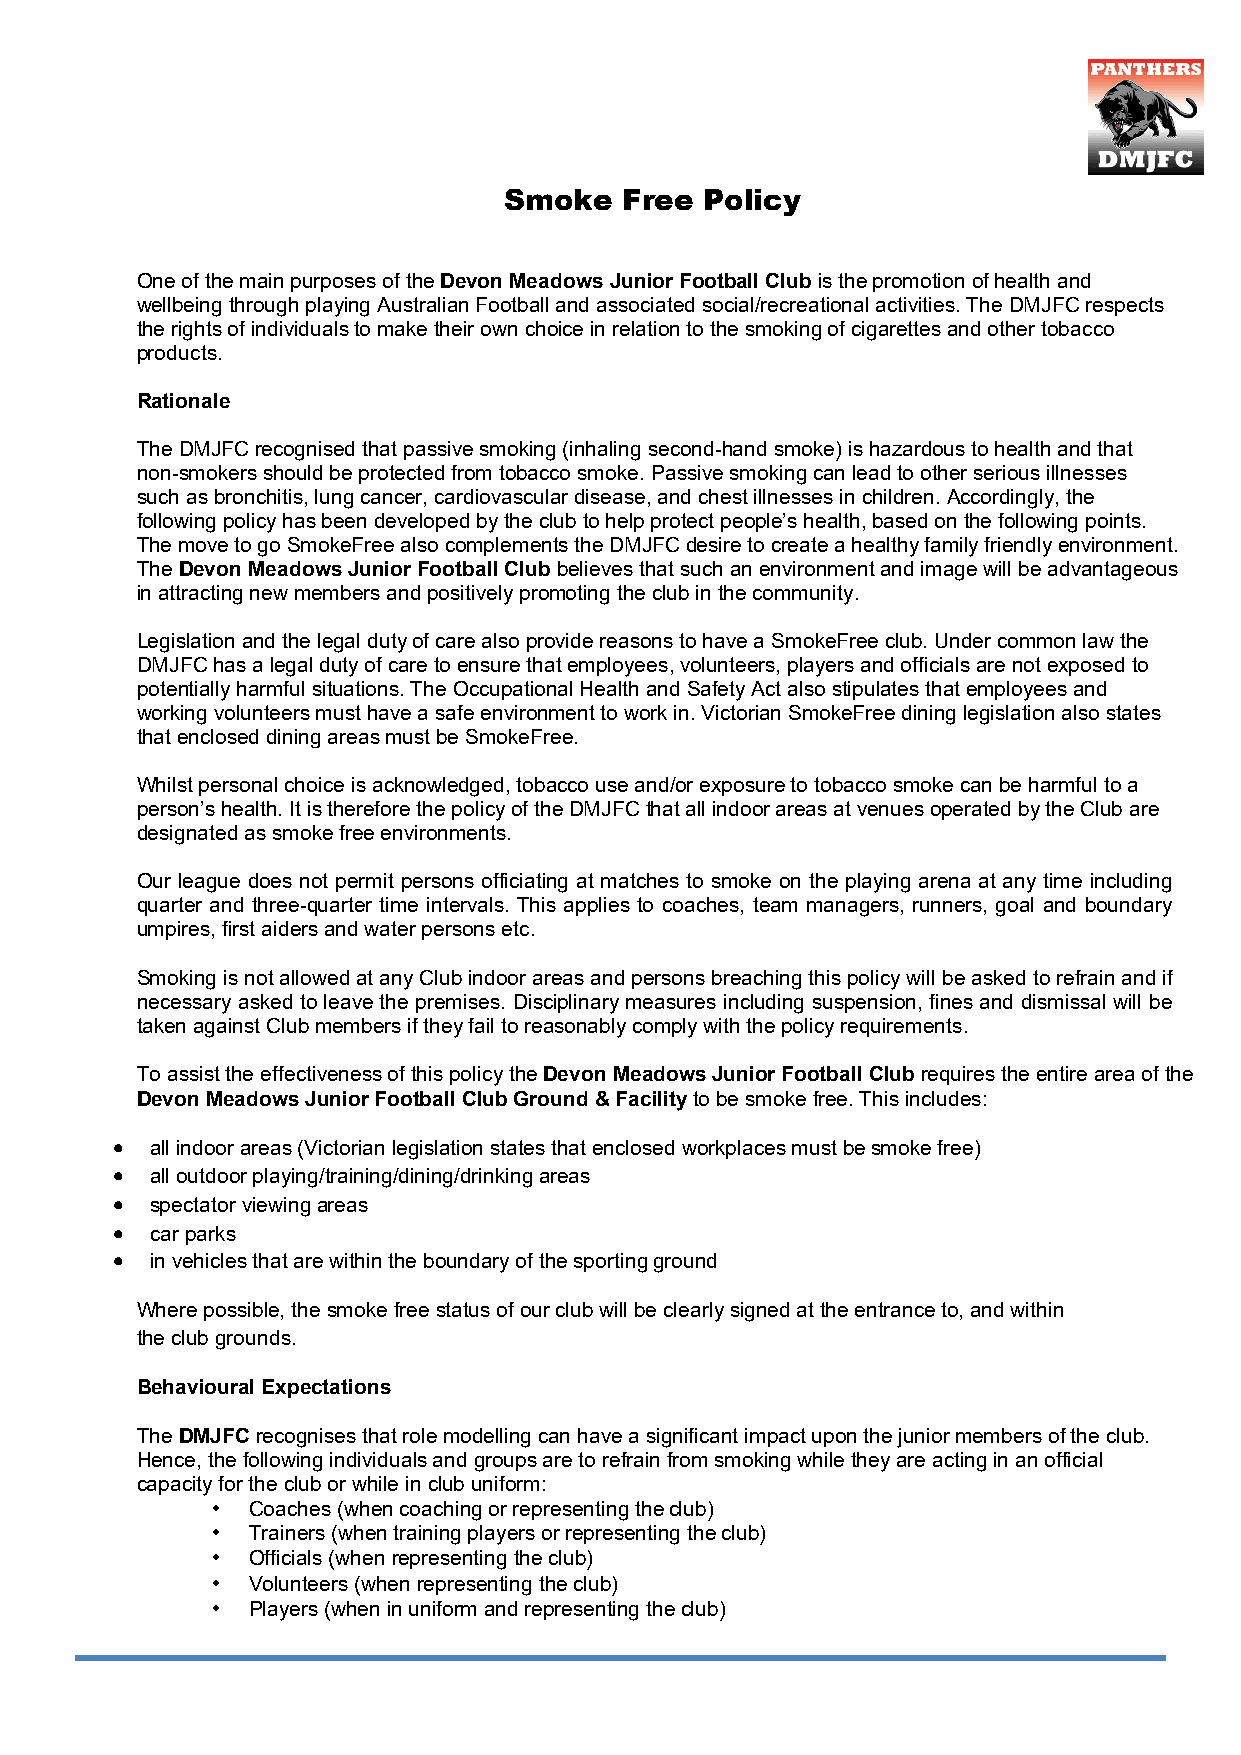
DEVON  MEADOWS    JUNIOR  FOOTBALL   CLUB
 Smoke   Free  Policy
 One of the main purposes of the Devon Meadows Junior Football Club is the promotion of health and
 wellbeing through playing Australian Football and associated social/recreational activities. The DMJFC respects
 the rights of individuals to make their own choice in relation to the smoking of cigarettes and other tobacco
 products.
 Rationale
 The DMJFC recognised that passive smoking (inhaling second-hand smoke) is hazardous to health and that
 non-smokers should be protected from tobacco smoke. Passive smoking can lead to other serious illnesses
 such as bronchitis, lung cancer, cardiovascular disease, and chest illnesses in children. Accordingly, the
 following policy has been developed by the club to help protect people’s health, based on the following points.
 The move to go SmokeFree also complements the DMJFC desire to create a healthy family friendly environment.
 The Devon Meadows Junior Football Club believes that such an environment and image will be advantageous
 in attracting new members and positively promoting the club in the community.
 Legislation and the legal duty of care also provide reasons to have a SmokeFree club. Under common law the
 DMJFC has a legal duty of care to ensure that employees, volunteers, players and officials are not exposed to
 potentially harmful situations. The Occupational Health and Safety Act also stipulates that employees and
 working volunteers must have a safe environment to work in. Victorian SmokeFree dining legislation also states
 that enclosed dining areas must be SmokeFree.
 Whilst personal choice is acknowledged, tobacco use and/or exposure to tobacco smoke can be harmful to a
 person’s health. It is therefore the policy of the DMJFC that all indoor areas at venues operated by the Club are
 designated as smoke free environments.
 Our league does not permit persons officiating at matches to smoke on the playing arena at any time including
 quarter and three-quarter time intervals. This applies to coaches, team managers, runners, goal and boundary
 umpires, first aiders and water persons etc.
 Smoking is not allowed at any Club indoor areas and persons breaching this policy will be asked to refrain and if
 necessary asked to leave the premises. Disciplinary measures including suspension, fines and dismissal will be
 taken against Club members if they fail to reasonably comply with the policy requirements.
 To assist the effectiveness of this policy the Devon Meadows Junior Football Club requires the entire area of the
 Devon Meadows Junior Football Club Ground & Facility to be smoke free. This includes:
 •  all indoor areas (Victorian legislation states that enclosed workplaces must be smoke free)
 •  all outdoor playing/training/dining/drinking areas
 •  spectator viewing areas
 •  car parks
 •  in vehicles that are within the boundary of the sporting ground
 Where possible, the smoke free status of our club will be clearly signed at the entrance to, and within
 the club grounds.
 Behavioural Expectations
 The DMJFC recognises that role modelling can have a significant impact upon the junior members of the club.
 Hence, the following individuals and groups are to refrain from smoking while they are acting in an official
 capacity for the club or while in club uniform:
 • Coaches (when coaching or representing the club)
 • Trainers (when training players or representing the club)
 • Officials (when representing the club)
 • Volunteers (when representing the club)
 • Players (when in uniform and representing the club)